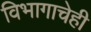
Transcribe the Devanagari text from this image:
विभागाचेही